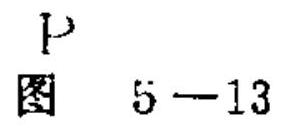
图 5 - 13